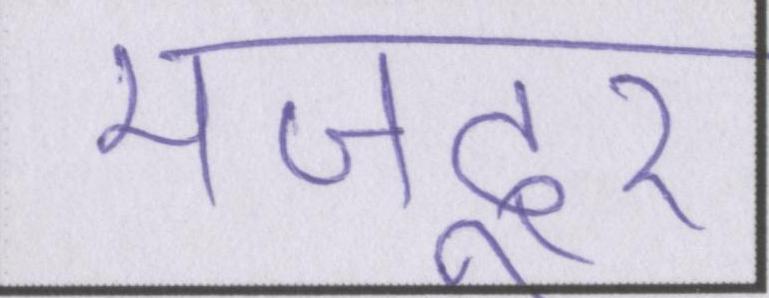
मज़दूर